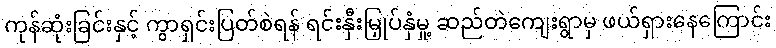
ကုန်ဆုံးခြင်းနှင့် ကွာရှင်းပြတ်စဲရန် ရင်းနှီးမြှုပ်နှံမှု့ ဆည်တဲကျေးရွာမှ ဖယ်ရှားနေကြောင်း